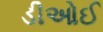
ડીઓઈ